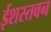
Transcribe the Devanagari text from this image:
ईशस्तवन